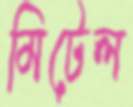
মিটেল